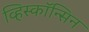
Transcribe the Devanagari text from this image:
व्हिस्कॉन्सिन